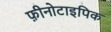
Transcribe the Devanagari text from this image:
फ़ीनोटाइपिक